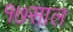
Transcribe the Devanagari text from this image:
१७साल